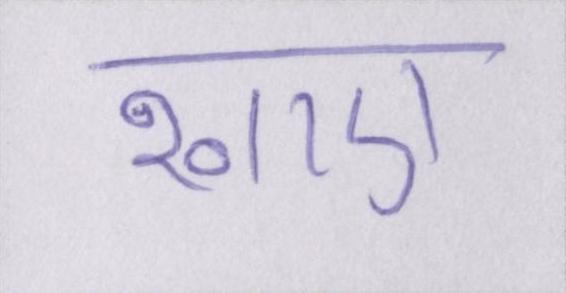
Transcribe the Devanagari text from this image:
खाए